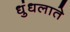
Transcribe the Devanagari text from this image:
धुंधलाते